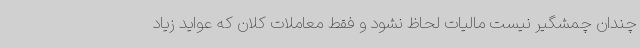
چندان چمشگیر نیست مالیات لحاظ نشود و فقط معاملات کلان که عواید زیاد